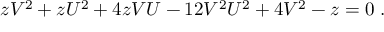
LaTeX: z V ^ { 2 } + z U ^ { 2 } + 4 z V U - 1 2 V ^ { 2 } U ^ { 2 } + 4 V ^ { 2 } - z = 0 ~ .